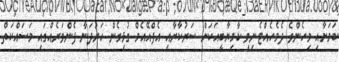
ކަމަށާއި މިހެންވެ ދެމެހެއްޓެނިވި ކާމިޔާބީއަކަށް ސަރުކާރާއި އެފްއޭއެމް ގުޅިގެން ހަރުދަނާ ފެންވަރެއްގައި މަސައްކަތް